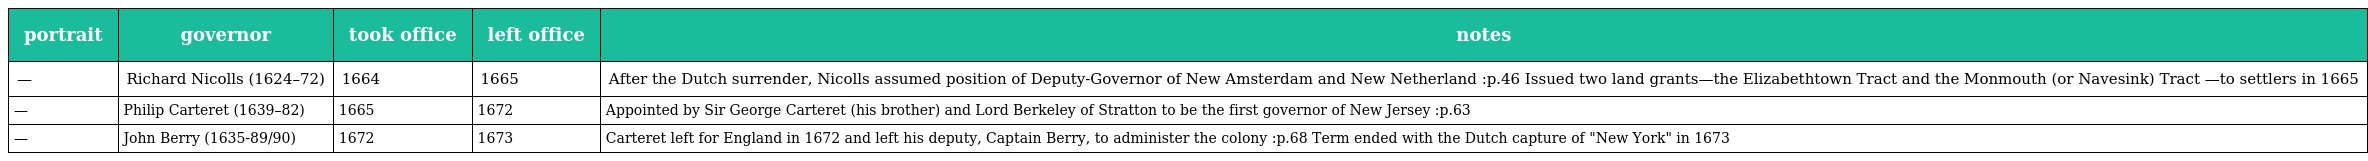
| portrait | governor | took office | left office | notes |
 | --- | --- | --- | --- | --- |
 | — | Richard Nicolls (1624–72) | 1664 | 1665 | After the Dutch surrender, Nicolls assumed position of Deputy-Governor of New Amsterdam and New Netherland :p.46 Issued two land grants—the Elizabethtown Tract and the Monmouth (or Navesink) Tract —to settlers in 1665 |
 | — | Philip Carteret (1639–82) | 1665 | 1672 | Appointed by Sir George Carteret (his brother) and Lord Berkeley of Stratton to be the first governor of New Jersey :p.63 |
 | — | John Berry (1635-89/90) | 1672 | 1673 | Carteret left for England in 1672 and left his deputy, Captain Berry, to administer the colony :p.68 Term ended with the Dutch capture of "New York" in 1673 |